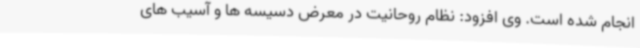
انجام شده است. وی افزود: نظام روحانیت در معرض دسیسه ها و آسیب های